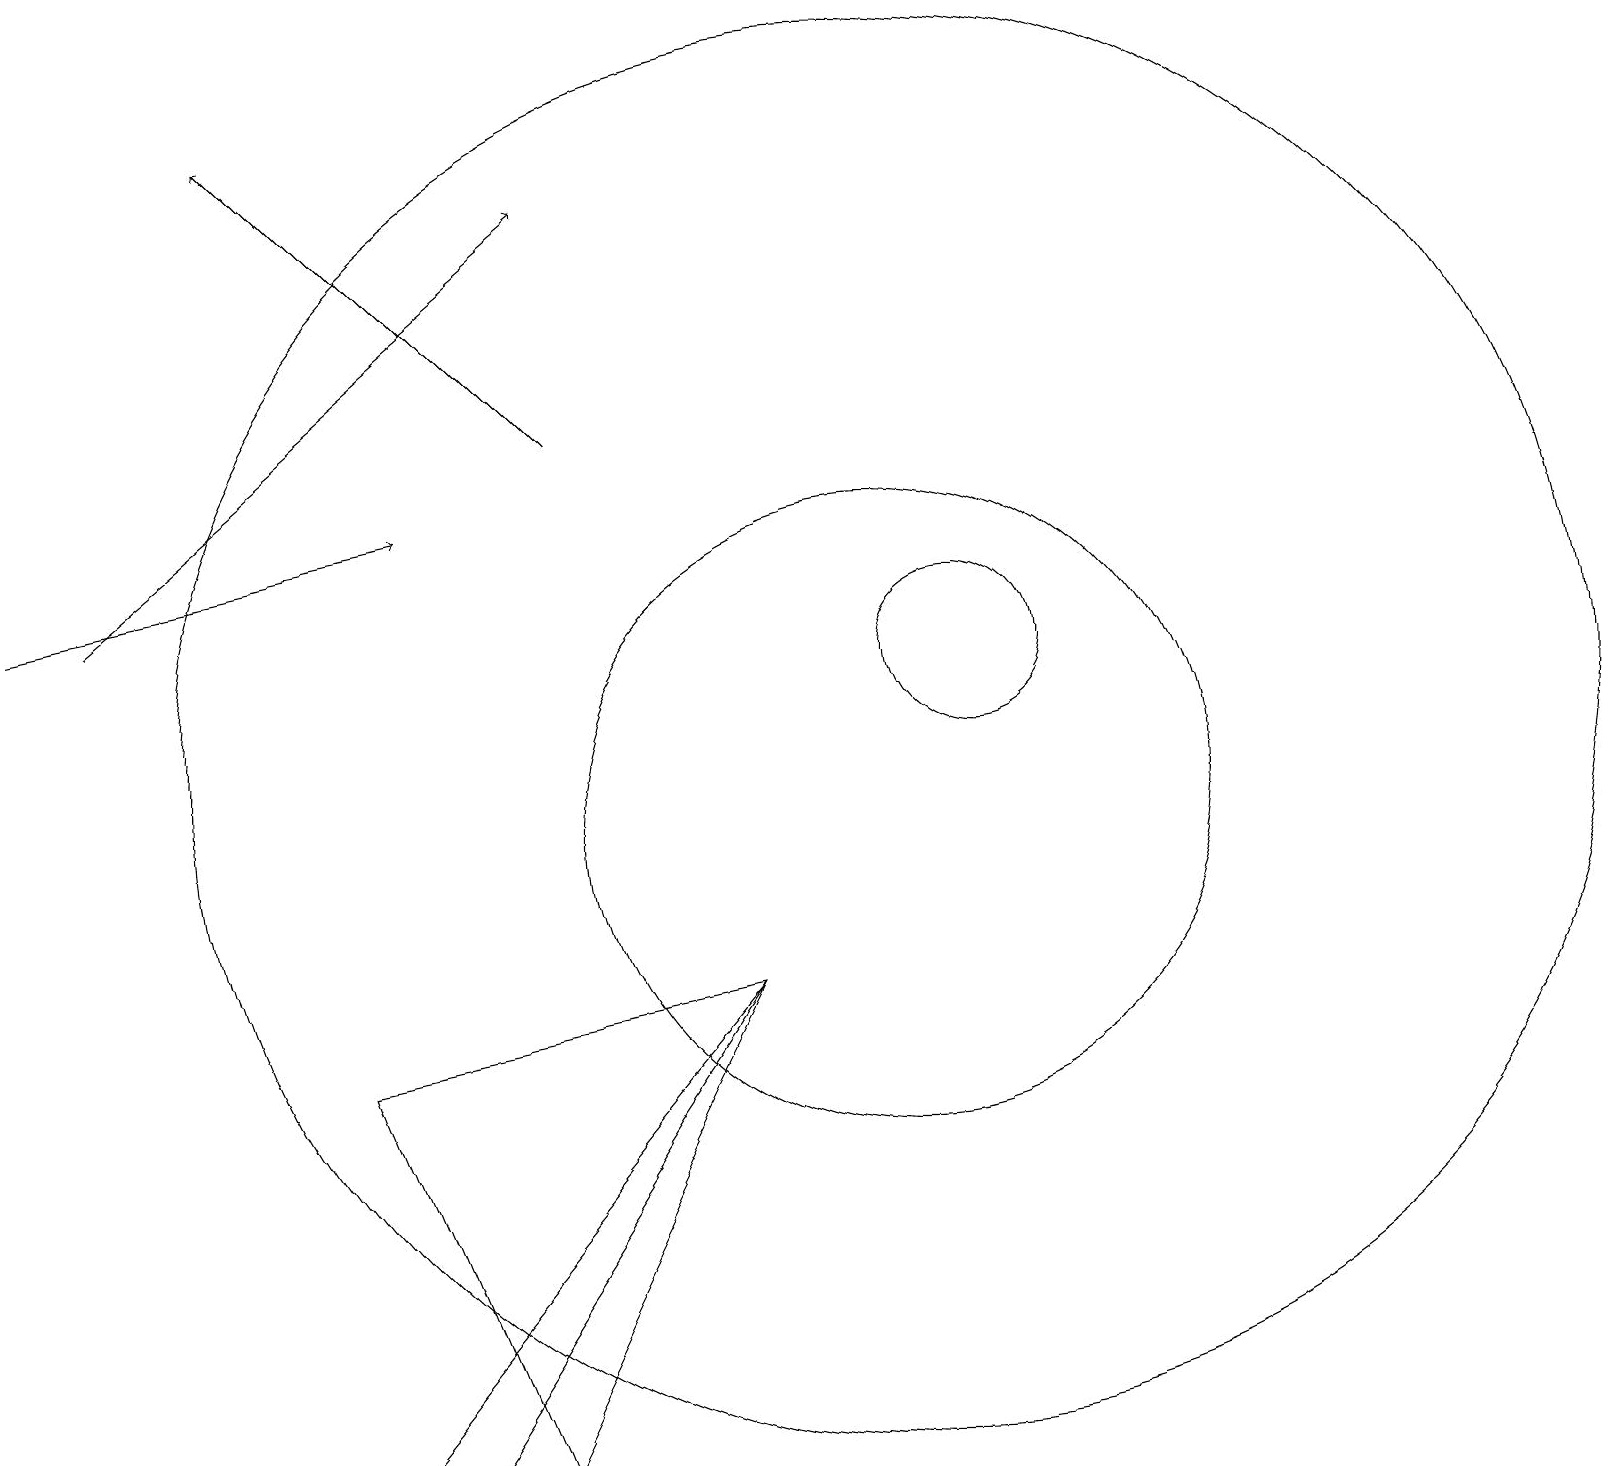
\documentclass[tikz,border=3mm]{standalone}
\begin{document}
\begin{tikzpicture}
\draw (11,10) circle (4);
\draw[->] (0,13) -- (5,14);
\draw[->] (1,13) -- (7,18);
\draw (11,11) circle (9);
\draw[->] (7,15) -- (3,19);
\draw (12,12) circle (1);
\draw (4,2) -- (9,8) -- (5,2) -- cycle;
\draw (6,2) -- (9,8) -- (4,7) -- cycle;
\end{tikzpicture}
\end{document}